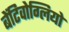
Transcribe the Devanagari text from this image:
बेंटिवोग्लियो